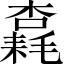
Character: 𱤠